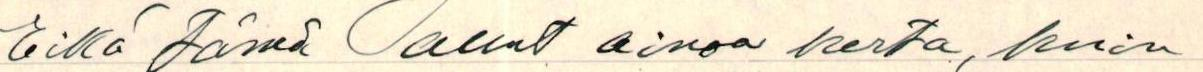
Eikä tämä ollut ainoa kerta, kuin